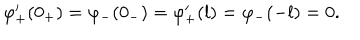
\varphi _ { + } ^ { \prime } ( 0 _ { + } ) = \varphi _ { - } ( 0 _ { - } ) = \varphi _ { + } ^ { \prime } ( l ) = \varphi _ { - } ( - l ) = 0 .